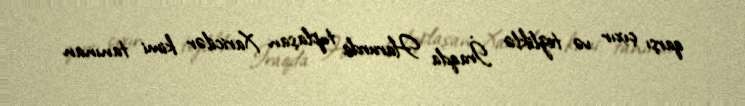
qarşı çıxır və tezliklə İraqda Harurda toplaşan Xaricilər kimi tanınan